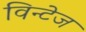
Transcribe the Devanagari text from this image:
विन्टेज